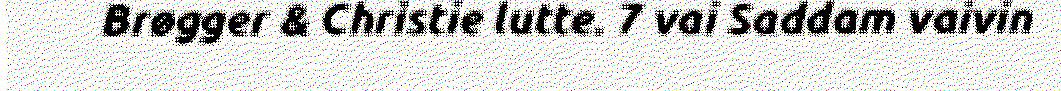
Brøgger & Christie lutte. 7 vai Saddam vaivin